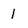
Character: I